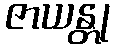
ဇာယန္တု